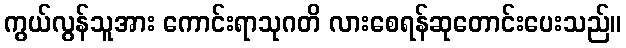
ကွယ်လွန်သူအား ကောင်းရာသုဂတိ လားစေရန်ဆုတောင်းပေးသည်။